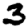
Digit: 3